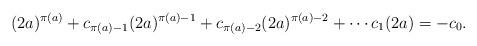
LaTeX: \begin{align*}(2a)^{\pi(a)} + c_{\pi(a) - 1}(2a)^{\pi(a) - 1} + c_{\pi(a) - 2}(2a)^{\pi(a) - 2} + \cdots c_1(2a) = -c_0.\end{align*}